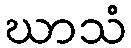
ဃာသံ